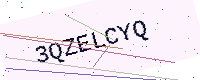
Text: 3QZELCYQ